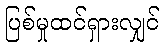
ပြစ်မှုထင်ရှားလျှင်